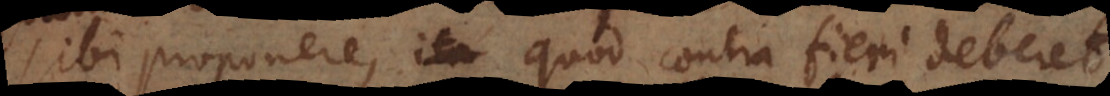
sibi proponere, quod contra fieri deberet,